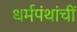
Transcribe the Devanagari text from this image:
धर्मपंथांचीं